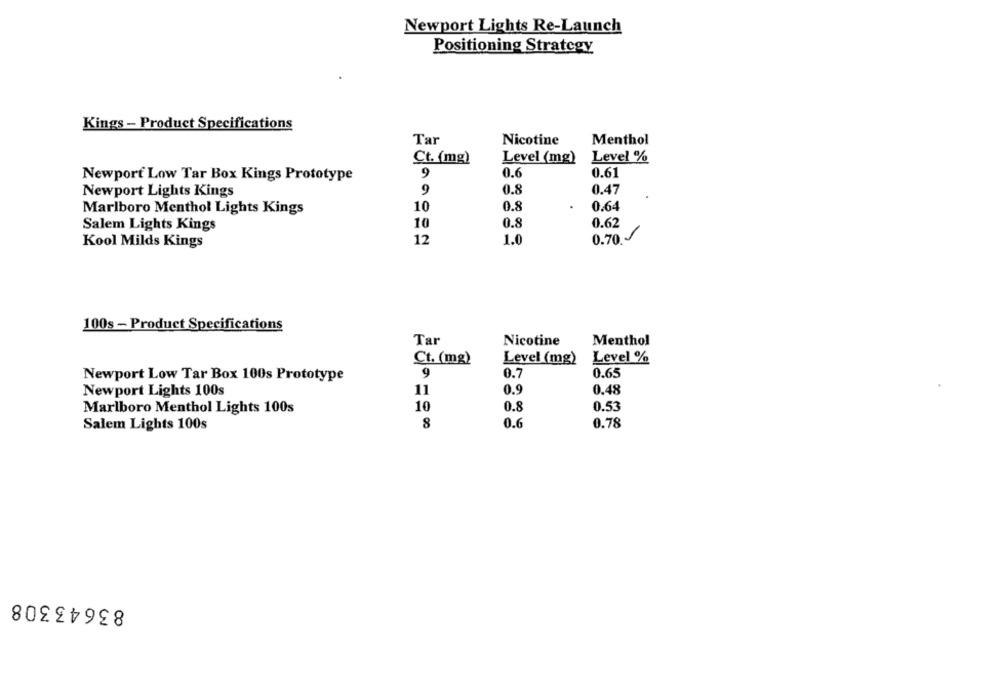
Newport Lights Re-Launch
Positioning Strategy
Kings - Product Specifications
Tar
Nicotine
Menthol
Ct. (mg)
Level (mg)
Level %
9
0.6
0.61
Newport Low Tar Box Kings Prototype
Newport Lights Kings
9
0.8
0.47
10
0.8
0.64
Marlboro Menthol Lights Kings
10
Salem Lights Kings
0.8
0.62
Kool Milds Kings
12
1.0
0.70.
100s - Product Specifications
Tar
Nicotine
Menthol
Ct. (mg)
Level (mg)
Level %
9
0.7
0.65
Newport Low Tar Box 100s Prototype
Newport Lights 100s
11
0.9
0.48
Marlboro Menthol Lights 100s
10
0.8
0.53
8
0.6
Salem Lights 100s
0.78
83643308